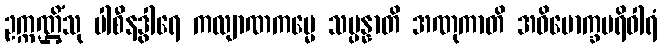
ဥက္ကဏ္ဌိံသု ပါစီနဒွါရေ ကလျာဏကမ္မေ သမ္ပန္နာတိ အဏုကာတိ အဓိမောက္ခပရိဝါရံ